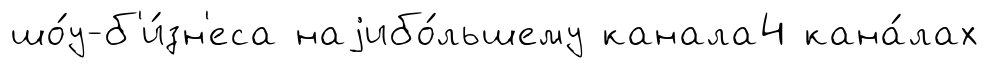
шо́у-б'и́зн'еса наjибо́льшему канала4 кана́лах